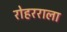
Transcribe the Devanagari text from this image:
रोहरराला